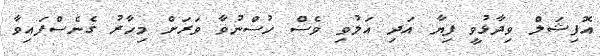
އޮފިޝަލް ވިދާޅުވީ ފިޔާ އަދި އަލުވި ވެސް ހުސްނުވާ ވަރަށް މިހާރު ގެނެސްފައިވާ